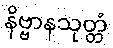
နိဗ္ဗာနသုတ္တံ